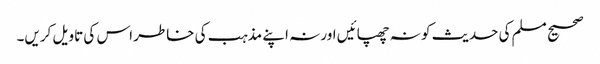
صحیح مسلم کی حدیث کو نہ چھپائیں اور نہ اپنے مذہب کی خاطر اس کی تاویل کریں۔